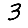
Digit: 3